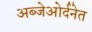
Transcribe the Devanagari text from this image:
अब्जेओर्दनेत